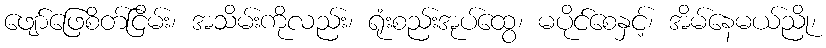
ဖျော်ဖြေစိတ်ငြိမ်း၊ အသိမ်းကိုလည်း၊ ရုံးစည်းအုပ်ထွေ၊ မပိုင်စေနှင့်၊ အိမ်နေမယ်ညို၊